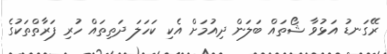
ރޭގަނޑު އަޅުވާ ޝޯތައް ބަލަން ދިއުމަށް އެކި ކަހަލަ ދަތިތައް ހުރި ފަރާތްތަކުގެ